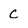
Character: c